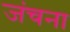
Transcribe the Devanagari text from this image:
जंचना